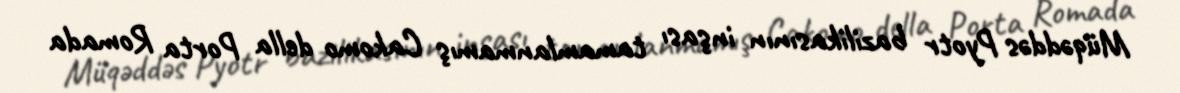
Müqəddəs Pyotr bazilikasının inşası tamamlanmamış Cakomo della Porta Romada